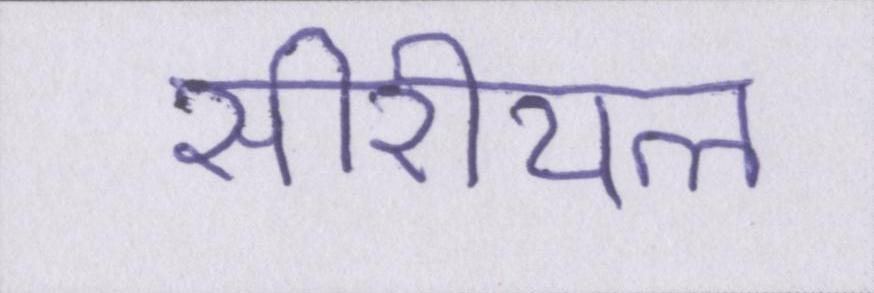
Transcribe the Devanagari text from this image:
सीरीयल